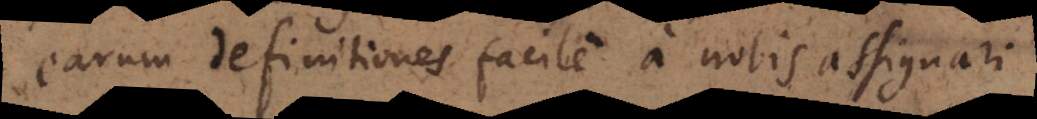
earum definitiones facile a nobis assignari